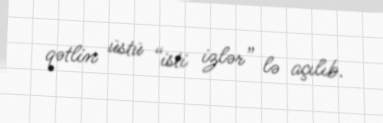
qətlin üstü “isti izlər” lə açılıb.